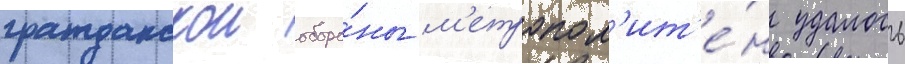
гражданскои оборо́ны м'етропол'ит'е́н удалось